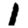
Digit: 1